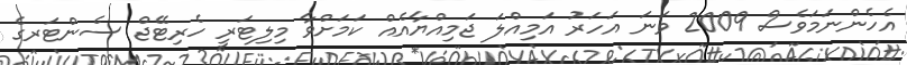
އެހެންނަމަވެސް 2009 ވަނަ އަހަރު އަމިއްލަ ޖަމިއްޔާއެއް ކަމަށްވާ މިލިޓަރީ ހެރިޓޭޖް ސެންޓަރގެ